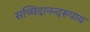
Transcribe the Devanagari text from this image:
सच्चिदानन्दरूपाय